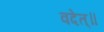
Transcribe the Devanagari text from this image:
वदेत्॥